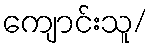
ကျောင်းသူ/